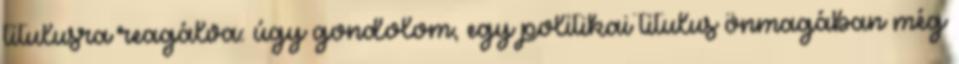
titulusra reagálva: úgy gondolom, egy politikai titulus önmagában még